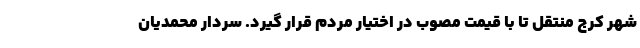
شهر کرج منتقل تا با قیمت مصوب در اختیار مردم قرار گیرد. سردار محمدیان